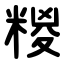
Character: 糉